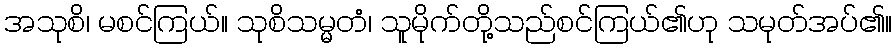
အသုစိ၊ မစင်ကြယ်။ သုစိသမ္မတံ၊ သူမိုက်တို့သည်စင်ကြယ်၏ဟု သမုတ်အပ်၏။